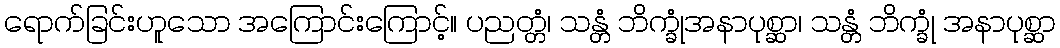
ရောက်ခြင်းဟူသော အကြောင်းကြောင့်။ ပညတ္တံ၊ သန္တံ ဘိက္ခုံအနာပုစ္ဆာ၊ သန္တံ ဘိက္ခုံ အနာပုစ္ဆာ